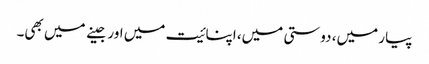
پیار میں، دوستی میں، اپنائیت میں اور جینے میں بھی۔